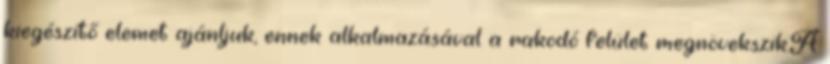
kiegészítő elemet ajánljuk, ennek alkalmazásával a rakodó felület megnövekszik.A